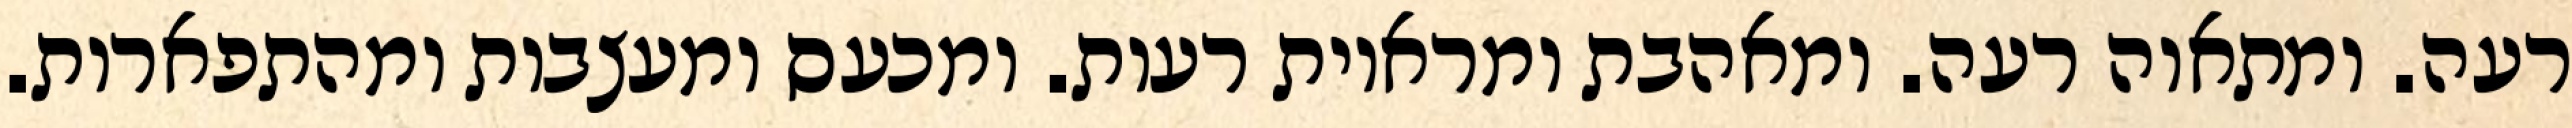
רעה. ומתאוה רעה. ומאהבת ומראיות רעות. ומכעס ומעצבות ומהתפארות.